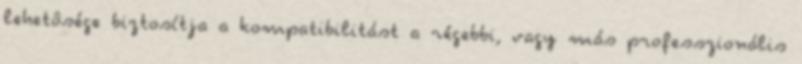
lehetôsége biztosítja a kompatibilitást a régebbi, vagy más professzionális